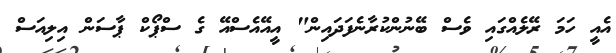
އެއީ ހަމަ ރޭލެއްގައި ވެސް ބޭނުންކުރާނެފަދައިން" އީއޭއެސްއޭ ގެ ސްޕޯކް ޕާސަން އިލިއަސް